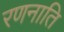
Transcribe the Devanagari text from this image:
रणनाति